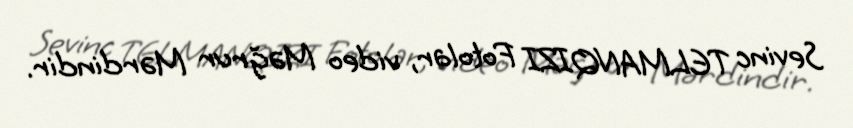
Sevinc TELMANQIZI Fotolar, video Məğrur Mərdindir.